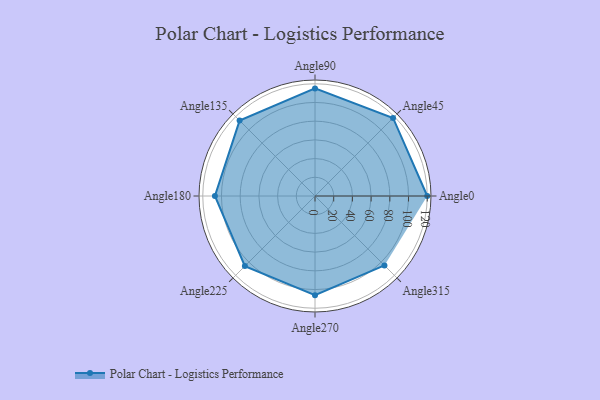
{"axis": {"x": "Angle", "y": "Radius"}, "legend": [""], "data": [{"x": "Angle0", "y": 120.0, "type": ""}, {"x": "Angle45", "y": 118.0, "type": ""}, {"x": "Angle90", "y": 115.0, "type": ""}, {"x": "Angle135", "y": 114.0, "type": ""}, {"x": "Angle180", "y": 107.0, "type": ""}, {"x": "Angle225", "y": 106.0, "type": ""}, {"x": "Angle270", "y": 106.0, "type": ""}, {"x": "Angle315", "y": 105.0, "type": ""}]}